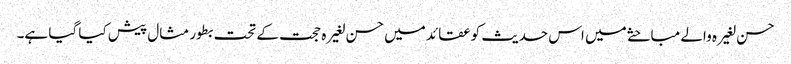
حسن لغیرہ والے مباحثے میں اس حدیث کو عقائد میں حسن لغیرہ حجت کے تحت بطور مثال پیش کیا گیا ہے۔